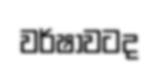
වර්ෂාවටද